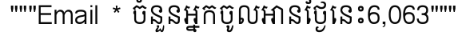
"""Email * ចំនួនអ្នកចូលអានថ្ងៃនេះ6,063"""